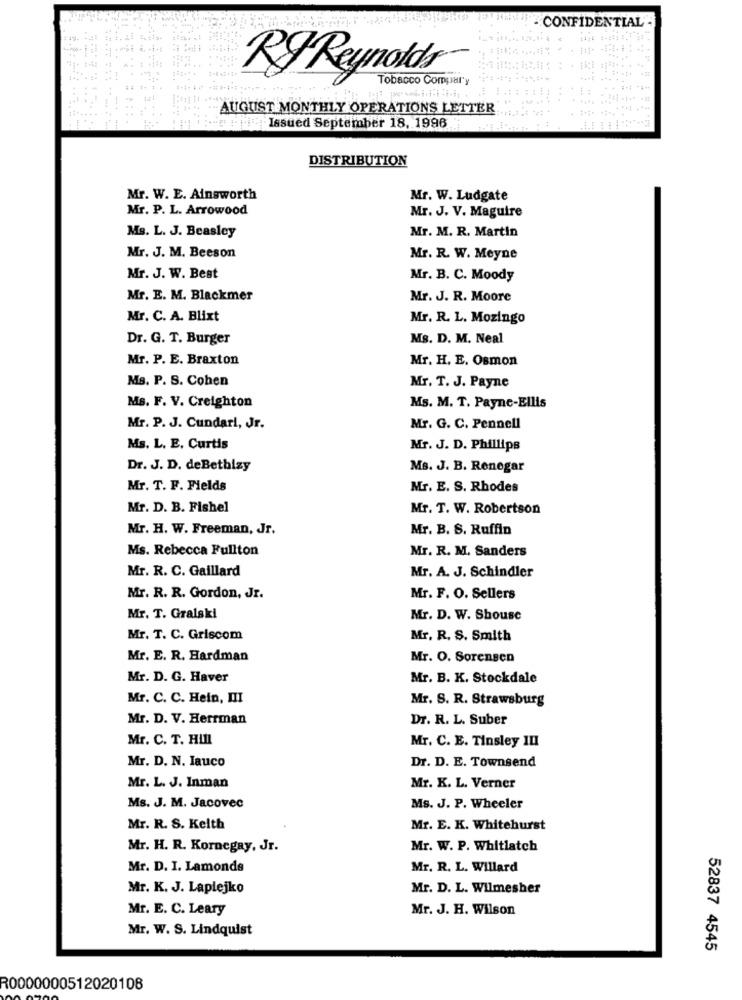
CONFIDENTIAL -
4,143
RYReynolds®
Tobacco Compary
1.
AUGUST MONTHLY OPERATIONS LETTER
Issued September 18, 1996
DISTRIBUTION
Mr. W. E. Ainsworth
Mr. W. Ludgate
Mr. P. L. Arrowood
Mr. J. V. Maguire
Ms. L. J. Beasley
Mr. M. R. Martin
Mr. J. M. Beeson
Mr. R. W. Meyne
Mr. J. W. Best
Mr. B. C. Moody
Mr. E. M. Blackmer
Mr. J. R. Moore
Mr. C. A. Blixt
Mr. R. L. Mozingo
Dr. G. T. Burger
Ms. D. M. Neal
Mr. P. E. Braxton
Mr. H. E. Osmon
Ms. P. S. Cohen
Mr. T. J. Payne
Ms. F. V. Creighton
Ms. M. T. Payne-Ellis
Mr. P. J. Cundari, Jr.
Mr. G. C. Pennell
Ms. L. E. Curtis
Mr. J. D. Phillips
Dr. J. D. deBethizy
Ms. J. B. Renegar
Mr. T. F. Fields
Mr. E. S. Rhodes
Mr. D. B. Fishel
Mr. T. W. Robertson
Mr. H. W. Freeman, Jr.
Mr. B. S. Ruffin
Ms. Rebecca Fullton
Mr. R. M. Sanders
Mr. R. C. Gaillard
Mr. A. J. Schindler
Mr. R. R. Gordon, Jr.
Mr. F. O. Sellers
Mr. T. Gralski
Mr. D. W. Shouse
Mr. T. C. Griscom
Mr. R. S. Smith
Mr. E. R. Hardman
Mr. O. Sorensen
Mr. D. G. Haver
Mr. B. K. Stockdale
Mr. C. C. Hein, III
Mr. S. R. Strawsburg
Mr. D. V. Herrman
Dr. R. L. Suber
Mr. C. T. Hill
Mr. C. E. Tinsley III
Mr. D. N. Iauco
Dr. D. E. Townsend
Mr. L. J. Inman
Mr. K. L. Verner
Ms. J. M. Jacovec
Ms. J. P. Wheeler
Mr. R. S. Keith
Mr. E. K. Whitehurst
Mr. H. R. Kornegay, Jr.
Mr. W. P. Whitlatch
Mr. D. I. Lamonde
Mr. R. L. Willard
Mr. K. J. Laplejko
Mr. D. L. Wilmesher
Mr. E. C. Leary
Mr. J. H. Wilson
Mr. W. S. Lindquist
52837 4545
R0000000512020108